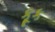
કૂક